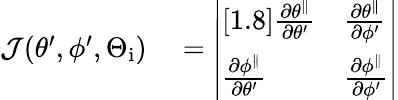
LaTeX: \begin{array}{rl}{\mathcal{J}(\theta^{\prime},\phi^{\prime},\Theta_{\mathrm{i}})}&{{}=\left|\begin{array}{ll}{[1.8]\frac{\partial\theta^{\parallel}}{\partial\theta^{\prime}}}&{\frac{\partial\theta^{\parallel}}{\partial\phi^{\prime}}}\\ {\frac{\partial\phi^{\parallel}}{\partial\theta^{\prime}}}&{\frac{\partial\phi^{\parallel}}{\partial\phi^{\prime}}}\end{array}\right|}\end{array}